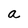
Character: a